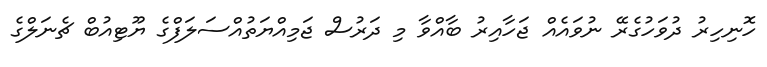
ހޮނިހިރު ދުވަހުގެރޭ ނުވައެއް ޖަހާއިރު ބާއްވާ މި ދަރުސް ޖަމިއްޔަތުއްސަލަފްގެ ޔޫޓިއުބް ޗެނަލްގެ